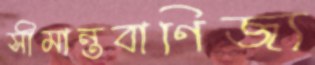
সীমান্তবাণিজ্য